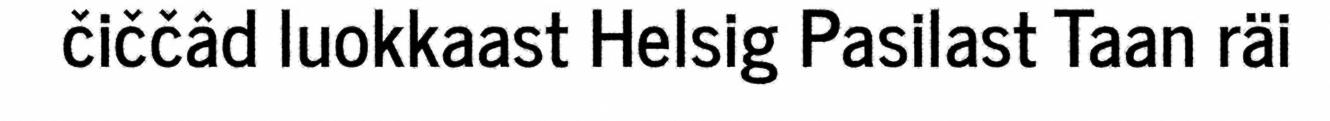
čiččâd luokkaast Helsig Pasilast Taan räi